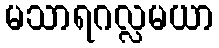
မသာရဂလ္လမယာ